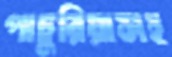
পাচুরিয়াসহ